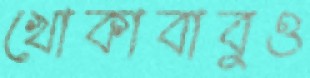
খোকাবাবুও